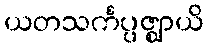
ယတသင်္ကပ္ပဇ္ဈာယိ